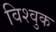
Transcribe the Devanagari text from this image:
विश्वुक